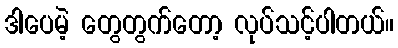
ဒါပေမဲ့ တွေတွက်တော့ လုပ်သင့်ပါတယ်။